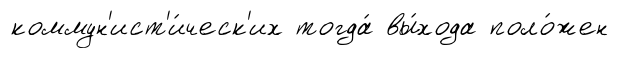
коммун'ист'и́ческ'их тогда́ вы́хода поло́жен